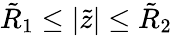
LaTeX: \tilde{R}_{1}\leq|\tilde{z}|\leq\tilde{R}_{2}